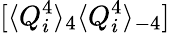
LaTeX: [\langle Q_{i}^{4}\rangle_{4}\langle Q_{i}^{4}\rangle_{-4}]